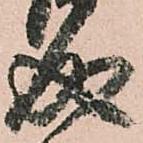
成